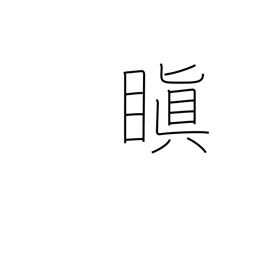
Meaning: be angry